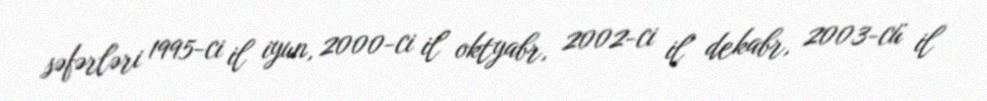
səfərləri 1995-ci il iyun, 2000-ci il oktyabr, 2002-ci il dekabr, 2003-cü il